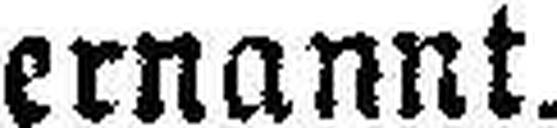
ernannt.